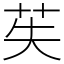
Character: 苵